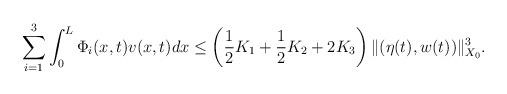
LaTeX: \begin{align*}\sum_{i=1}^3 \int_0^L \Phi_i (x,t)v(x,t)dx \leq \left(\frac12 K_1 +\frac12K_2+ 2K_3\right)\|(\eta(t),w(t))\|^3_{X_0}.\end{align*}